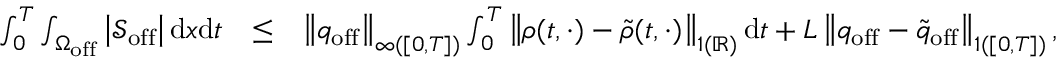
\begin{array} { r l r } { \int _ { 0 } ^ { T } \int _ { \Omega _ { \mathrm { o f f } } } \left| \mathcal { S } _ { \mathrm { o f f } } \right| \mathrm { d } x \mathrm { d } t } & { \leq } & { { \left\| { q } _ { \mathrm { o f f } } \right\| _ { \L { \infty } ( [ 0 , T ] ) } } \int _ { 0 } ^ { T } \left\| \rho ( t , \cdot ) - \tilde { \rho } ( t , \cdot ) \right\| _ { \L { 1 } ( \mathbb { R } ) } \mathrm { d } t + { L } \left\| q _ { \mathrm { o f f } } - \tilde { q } _ { \mathrm { o f f } } \right\| _ { \L { 1 } ( [ 0 , T ] ) } , } \end{array}